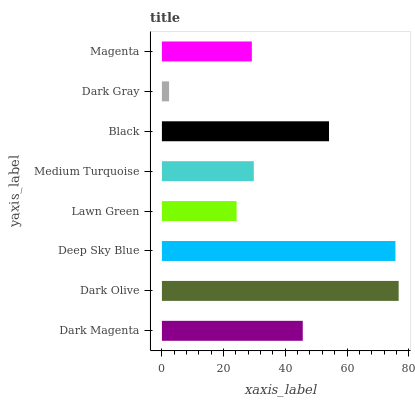
| yaxis_label | bars |
 | --- | --- |
 | Dark Magenta | 45.7 |
 | Dark Olive | 76.7 |
 | Deep Sky Blue | 75.7 |
 | Lawn Green | 24.2 |
 | Medium Turquoise | 29.8 |
 | Black | 54.2 |
 | Dark Gray | 2.33 |
 | Magenta | 29.1 |